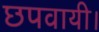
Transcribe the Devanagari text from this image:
छपवायी।